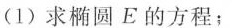
（1）求椭圆E的方程；